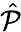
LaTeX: \hat{\mathcal{P}}